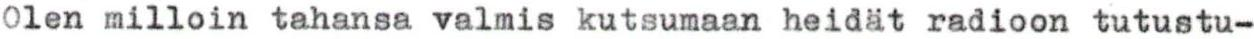
Olen milloin tahansa valmis kutsumaan heidät radioon tutustu-